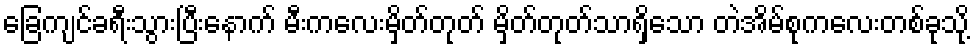
ခြေကျင်ခရီးသွားပြီးနောက် မီးကလေးမှိတ်တုတ် မှိတ်တုတ်သာရှိသော တဲအိမ်စုကလေးတစ်ခုသို့